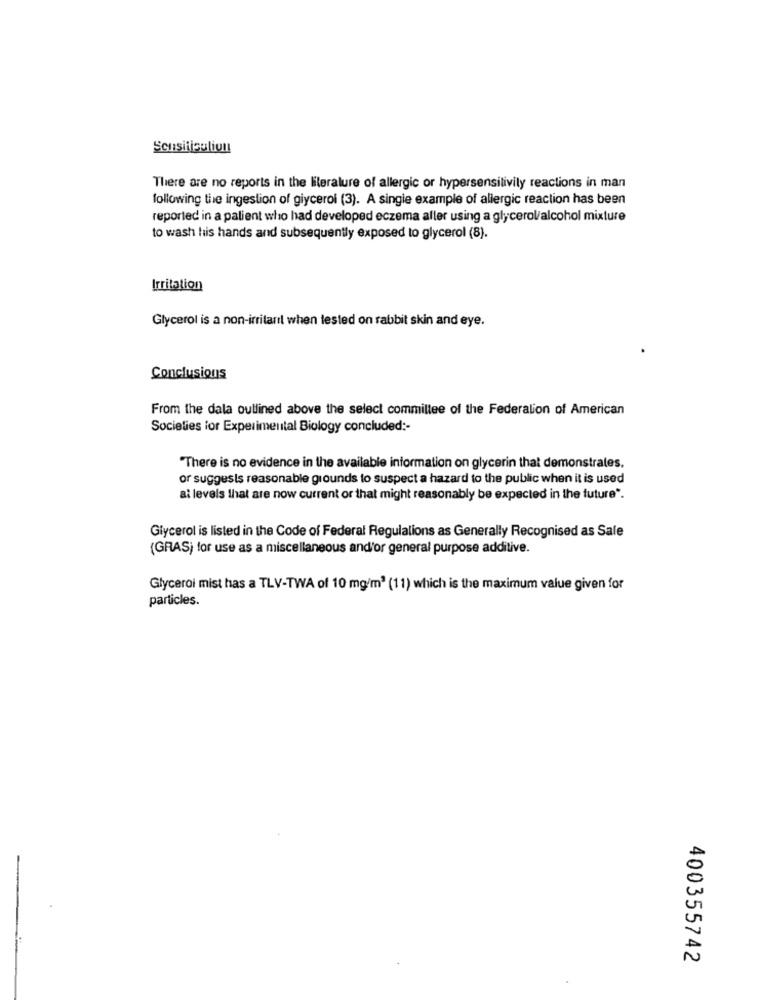
Scusiticuliun
There are no reports in the literature of allergic or hypersensitivity reactions in man
following the ingestion of glycerol (3). A single example of allergic reaction has been
reported in a palient who had developed eczema aller using a glycerol/alcohol mixture
to wash his hands and subsequently exposed to glycerol (8).
Irritation
Glycerol is a non-irritarıl when tested on rabbit skin and eye.
Conclusions
From the dala outlined above the select committee of the Federalion of American
Societies for Experimental Biology concluded :-
"There is no evidence in the available information on glycerin that demonstrates,
or suggests reasonable grounds to suspect a hazard to the public when it is used
al levels that are now current or that might reasonably be expected in the future".
Glycerol is listed in the Code of Federal Regulations as Generally Recognised as Sale
(GRAS) for use as a miscellaneous and'or general purpose additive.
Glycerol mist has a TLV-TWA of 10 mg/m3 (11) which is the maximum value given for
particles.
400355742